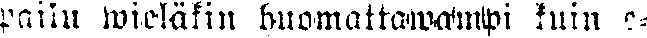
pailu wieläkin huomattawampi kuin e-